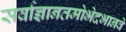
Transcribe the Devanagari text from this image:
सर्वाज्ञानतमोभेदभानवे